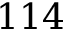
1 1 4